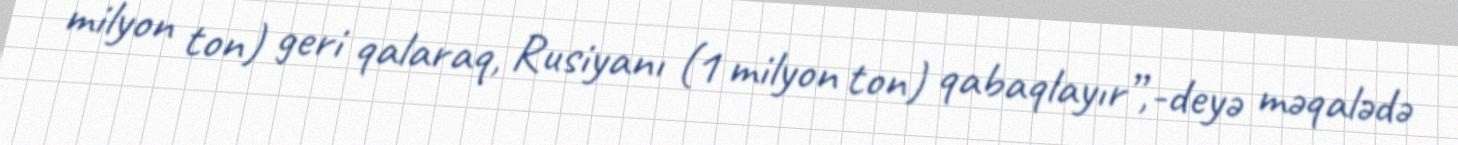
milyon ton) geri qalaraq, Rusiyanı (1 milyon ton) qabaqlayır”,-deyə məqalədə